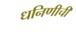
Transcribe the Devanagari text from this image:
धनिणीची